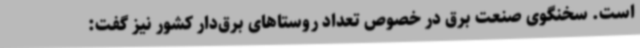
است. سخنگوی صنعت برق در خصوص تعداد روستاهای برق‌دار کشور نیز گفت: